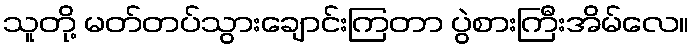
သူတို့ မတ်တပ်သွားချောင်းကြတာ ပွဲစားကြီးအိမ်လေ။